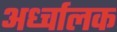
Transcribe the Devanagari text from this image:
अर्ध्चालक